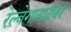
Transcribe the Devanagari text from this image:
रेल्वेगाड्यांवर